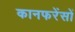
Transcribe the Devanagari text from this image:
कानफरेंसों